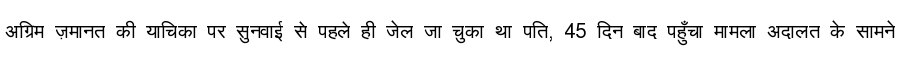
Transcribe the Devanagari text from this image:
अग्रिम ज़मानत की याचिका पर सुनवाई से पहले ही जेल जा चुका था पति, 45 दिन बाद पहुँचा मामला अदालत के सामने